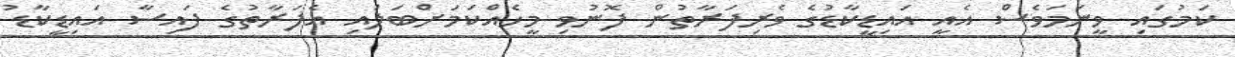
ކަމުގައި ވީނަމަވެސް އެއީ އައިޑީކާޑުގެ ވެރިފަރާތުން ފޮނުވި މީހެއްކަމަށްބަލައި އެފަރާތުގެ ފައިސާ އައިޑީކާޑު